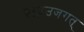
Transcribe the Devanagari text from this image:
ब्रह्मउजगत्